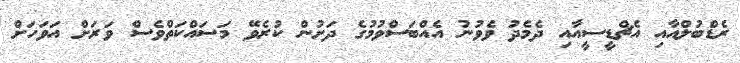
ރެޑްބުލްއާއި އެޗްޑީސީއާއި ދެމެދު ވެވުނު އެއްބަސްވުމުގެ ދަށުން ކުރެވޭ މަސައްކަތްވެސް ވަރަށް އަވަހަށް